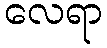
လေရာ